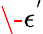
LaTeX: \- \mathcal{\epsilon}^{'}